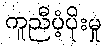
ကူညီပံ့ပိုးမှု